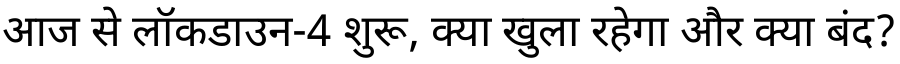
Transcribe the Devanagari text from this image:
आज से लॉकडाउन-4 शुरू, क्या खुला रहेगा और क्या बंद?